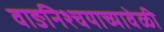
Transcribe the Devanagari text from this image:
वाङनिश्चयाच्यावेळी